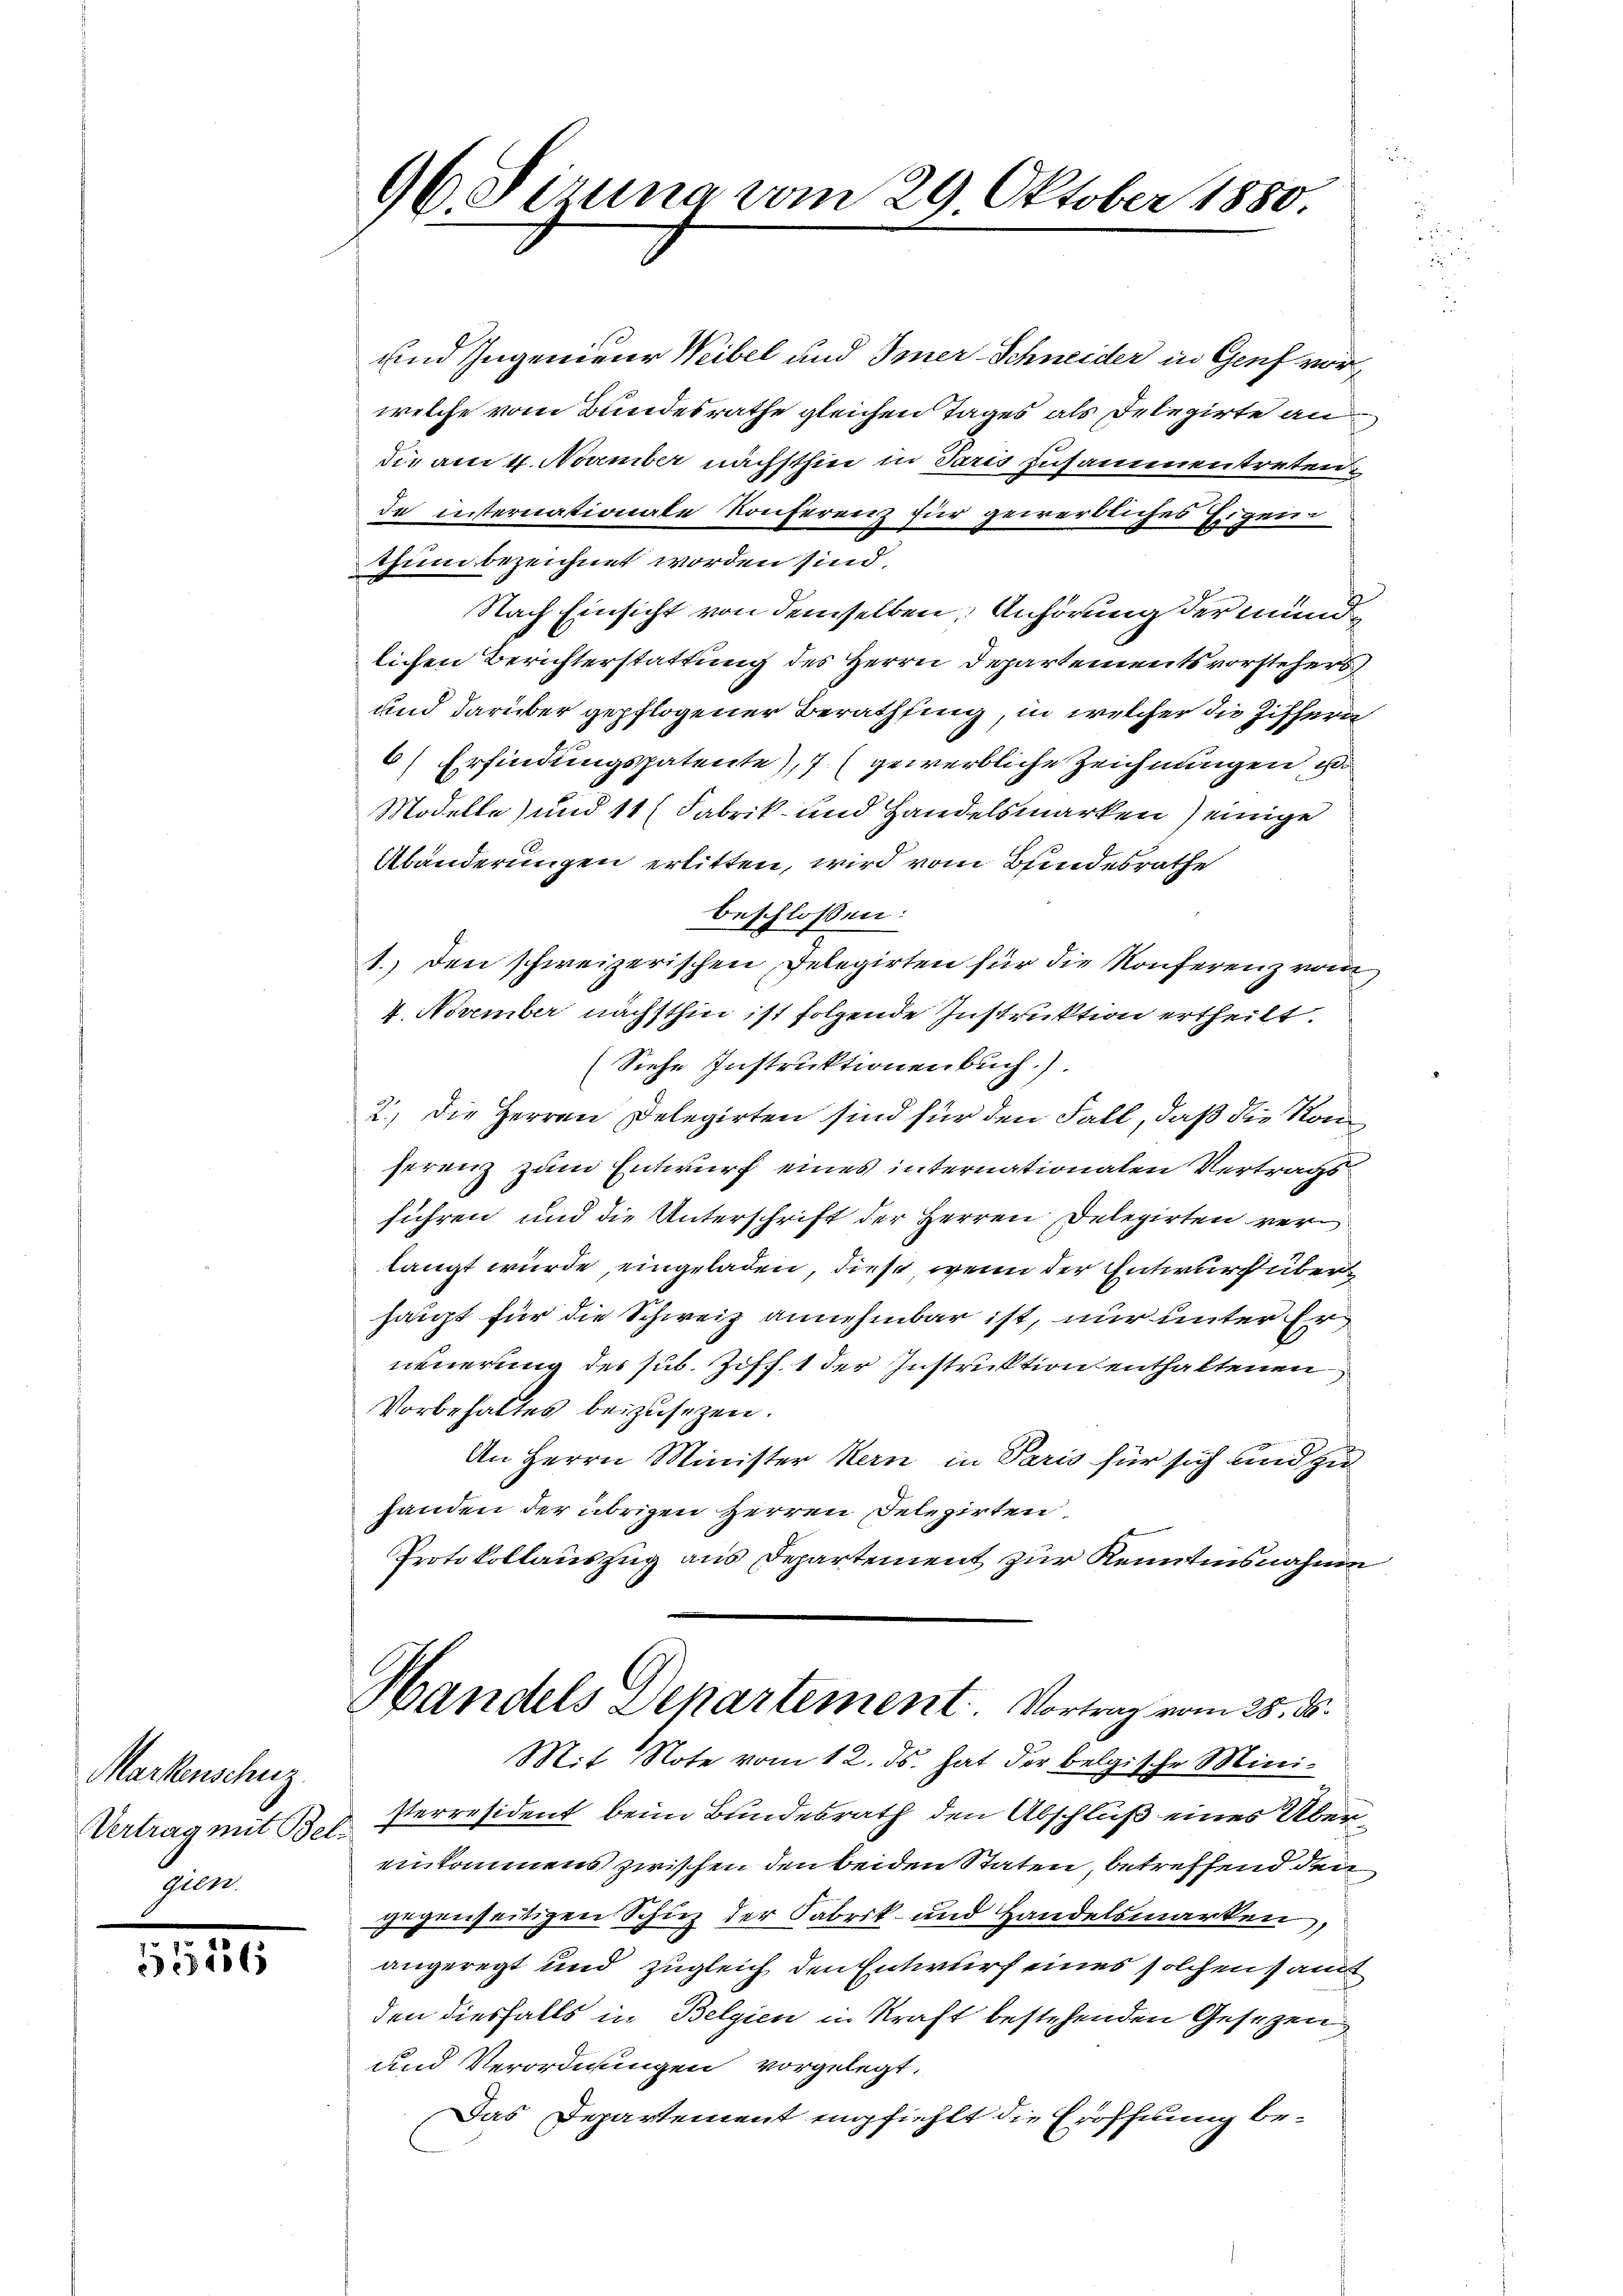
Markenschuz
Vertrag mit Bel
hi

1256

96 Sizung vom 29 Oktober 1880.

und Ingenieur Weibel und Imer-Schneider in Genf vorwelche vom Bundesrathe gleichen Tages als Delegirte an
die am 4. Nomber nächsthin in Paris zusammentreten.
de insternationale Konferenz für gewerbliches Eigene
thum bezeichnet worden sind
Nach Einsicht von demselben, Anhörung der mündlichen Berichterstattung des Herrn Departementsvorstehers
und darüber gepflogener Berathfing, in welcher die Ziffern
6) Erfindungspatente), 7 (gewerbliche Zeichnungen, es
Modelle) und 11 (Fabrik und Handelsmarken) einige
Abänderungen erlitten, wird vom Bundesrathe
beschlossen:
1. den schweizerischen Delegirten für die Konferenz vom
4. November nächsthin ist folgende Instruktion ertheilt.
(Siehe Instruktionenbuch)
2.) Die Herren Delegirten sind für den Fall, daß die Konherenz zum Entwurf eines internationalen Vertragsführen und die Unterschrift der Herren Delegirten verlangt wurde, eingeladen, diese wenn der Entwurf über
haupt für die Schweiz annehmbar ist, nur unter Er
neuerung des sub. Ziff. 1 der Instruktion enthaltenen
Vorbehaltes beizusezen.
An Herrn Minister Kern in Paris für sich und zu
handen der übrigen Herren Delegirten,
Protokollauszug aus Departement zur Kenntnisnahme
Handels Departement. Vortrag vom 25. ds.
Mit Note vom 12. ds. hat der belgische Mini-
Perresident beim Bundesrath den Abschluß eines Über
einkommens zwischen den beiden Staten, betreffend dem
gegenseitigen Schuz der Fabrik- und Handelsmarken,
angeregt und zugleich den Entwurf eines solchen samt
den diesfalls in Belgien in Kraft bestehenden Gesetzen
und Verordnungen vorgelegt.
Das Departement empfiehlt die Eröffnung be¬